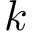
\boldsymbol { k }